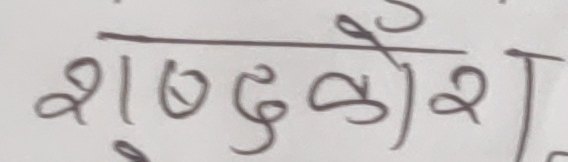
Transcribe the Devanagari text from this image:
शब्दकोश